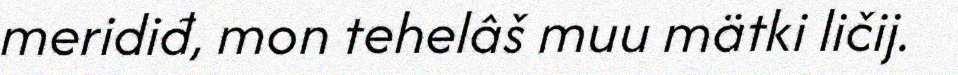
meridiđ, mon tehelâš muu mätki ličij.